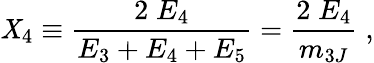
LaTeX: \mathit{X}_{4}\equiv\frac{{2\; E_{4}}}{{E_{3}+E_{4}+E_{5}}}=\frac{{2\; E_{4}}}{{m_{3J}}}\; ,